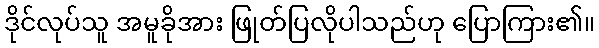
ဒိုင်လုပ်သူ အမူခိုအား ဖြုတ်ပြလိုပါသည်ဟု ပြောကြား၏။